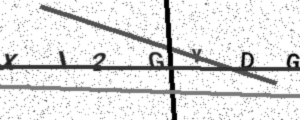
Text: XI2GYDG